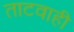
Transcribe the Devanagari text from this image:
ताटवाही